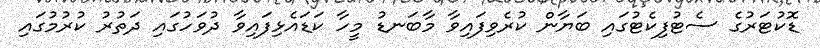
ޑޮކުޓަރުގެ ސެޓުފިކެޓުގައި ބަޔާން ކުރެވިފައިވާ މާބަނޑު މީހާ ކަޑައެޅިފައިވާ ދުވަހުގައި ދަތުރު ކުރުމުގައި